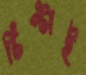
চিপ্‌টাই